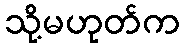
သို့မဟုတ်က